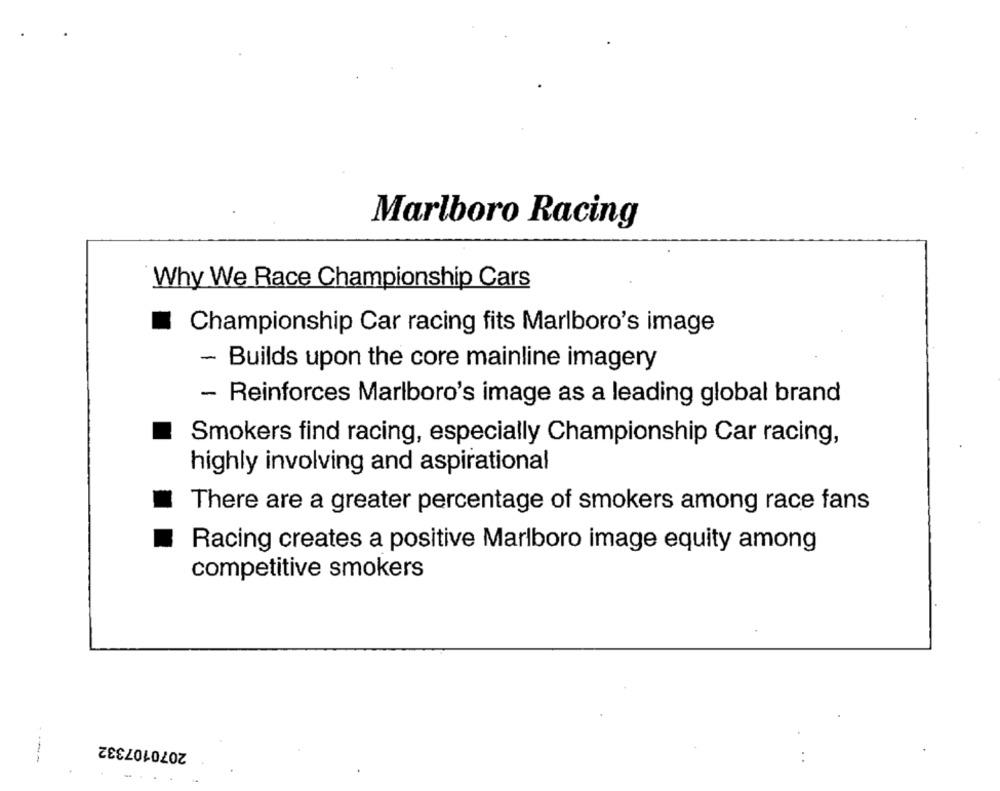
Marlboro Racing
Why We Race Championship Cars
Championship Car racing fits Marlboro's image
- Builds upon the core mainline imagery
- Reinforces Marlboro's image as a leading global brand
Smokers find racing, especially Championship Car racing,
highly involving and aspirational
There are a greater percentage of smokers among race fans
Racing creates a positive Marlboro image equity among
competitive smokers
2070107332
----